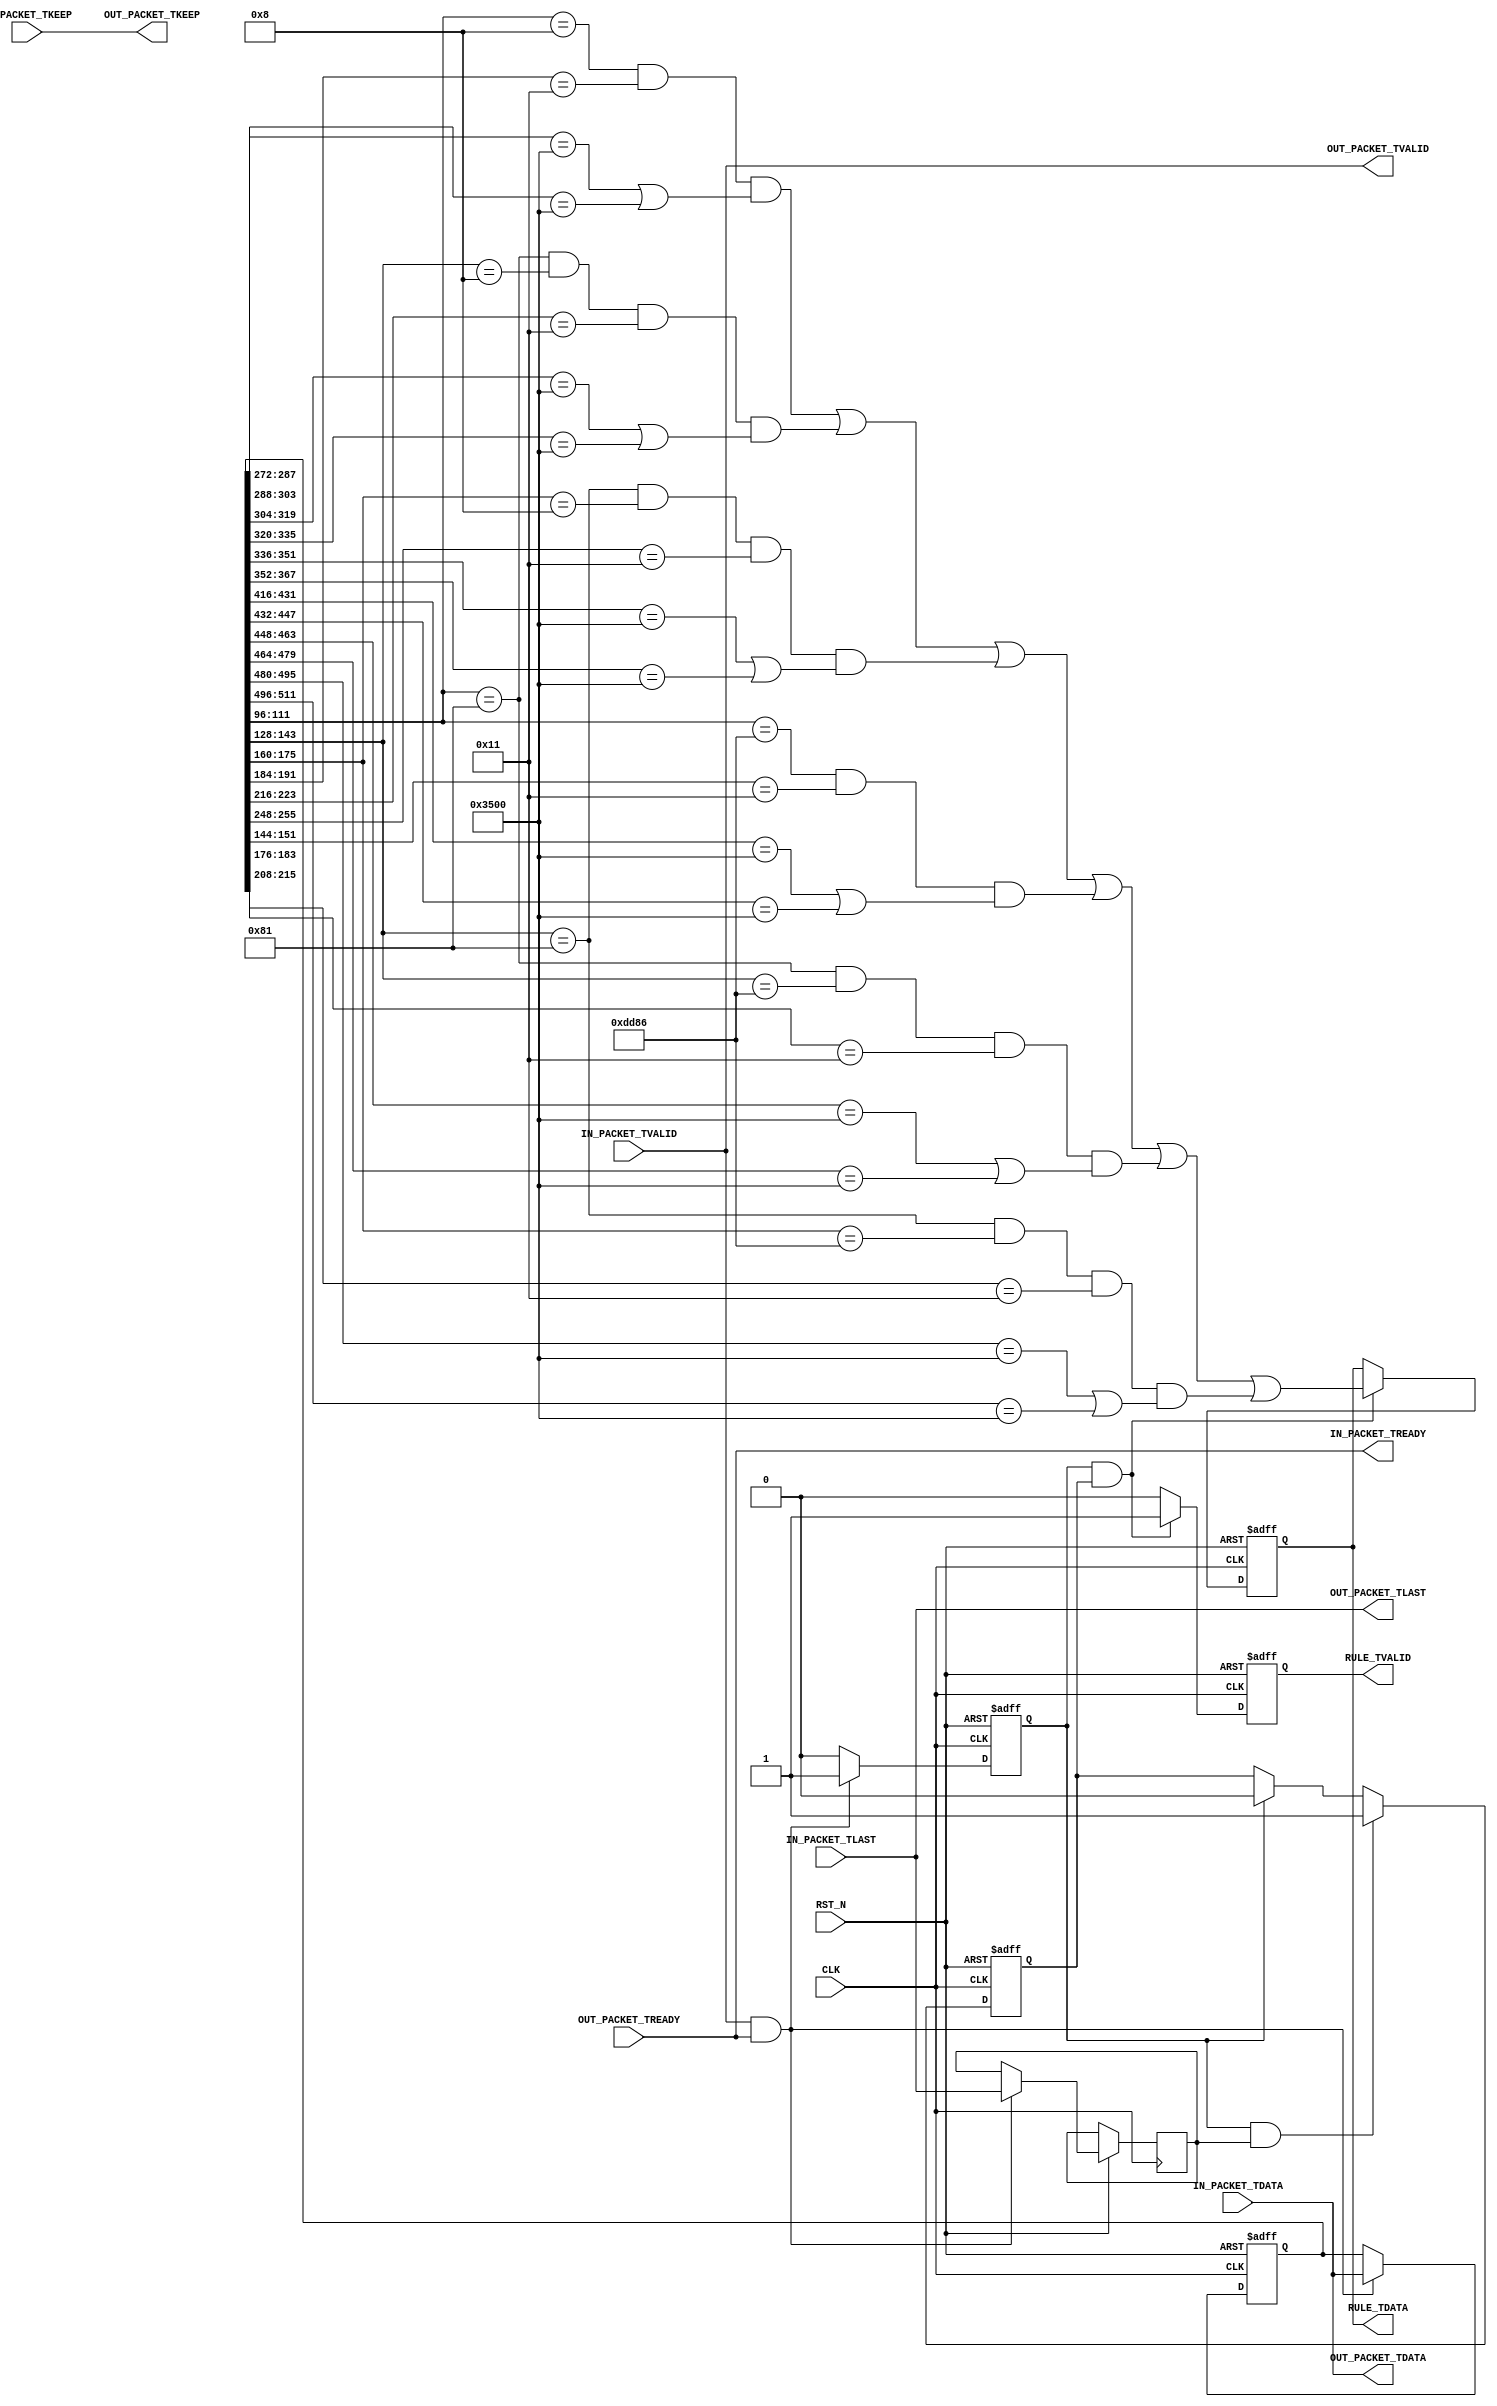
`timescale  1ns/1ns
`default_nettype wire

module parser_wrapper #(
  parameter C_BUS_DATA_WIDTH = 512                 ,
  parameter C_BUS_KEEP_WIDTH = (C_BUS_DATA_WIDTH/8)
) (
  input  wire                        CLK              ,
  input  wire                        RST_N            ,
  //Input AXI4-Stream interface
  input  wire [C_BUS_DATA_WIDTH-1:0] IN_PACKET_TDATA  ,
  output wire                        IN_PACKET_TREADY ,
  input  wire                        IN_PACKET_TVALID ,
  input  wire                        IN_PACKET_TLAST  ,
  input  wire [C_BUS_KEEP_WIDTH-1:0] IN_PACKET_TKEEP  ,
  //Output AXI4-Stream interface
  output wire [C_BUS_DATA_WIDTH-1:0] OUT_PACKET_TDATA ,
  input  wire                        OUT_PACKET_TREADY,
  output wire                        OUT_PACKET_TVALID,
  output wire                        OUT_PACKET_TLAST ,
  output wire [C_BUS_KEEP_WIDTH-1:0] OUT_PACKET_TKEEP ,
  output wire                        RULE_TDATA       ,
  output wire                        RULE_TVALID
);
  assign OUT_PACKET_TDATA  = IN_PACKET_TDATA;
  assign IN_PACKET_TREADY  = OUT_PACKET_TREADY;
  assign OUT_PACKET_TVALID = IN_PACKET_TVALID;
  assign OUT_PACKET_TLAST  = IN_PACKET_TLAST;
  assign OUT_PACKET_TKEEP  = IN_PACKET_TKEEP;

  reg [C_BUS_DATA_WIDTH-1:0] data ;
  reg                        valid;
  reg                        last ;
  always @(posedge CLK or negedge RST_N) begin : proc_reg_data
    if(~RST_N) begin
      data  <= 0;
      valid <= 0;
    end else begin
      if(IN_PACKET_TVALID&IN_PACKET_TREADY) begin
        last  <= IN_PACKET_TLAST;
        data  <= IN_PACKET_TDATA;
        valid <= 1'b1;
      end else begin
        valid <= 1'b0;
      end
    end
  end

  reg new_pkt;
  always @(posedge CLK or negedge RST_N) begin : proc_new_pkt
    if(~RST_N) begin
      new_pkt <= 1'b1;
    end else begin
      if(valid&last) begin
        new_pkt <= 1'b1;
      end else if(valid) begin
        new_pkt <= 1'b0;
      end
    end
  end

  localparam LENGTH_ETHERNET = 14*8                       ;
  localparam LENGTH_VLAN     = 4*8                        ;
  localparam LENGTH_IPV4     = 20*8                       ;
  localparam LENGTH_IPV6     = 38*8                       ;
  localparam LENGTH_UDP      = 8*8                        ;
  localparam OFFSET_IP       = LENGTH_ETHERNET            ;
  localparam OFFSET_UDP_IPV4 = LENGTH_ETHERNET+LENGTH_IPV4;
  localparam OFFSET_UDP_IPV6 = LENGTH_ETHERNET+LENGTH_IPV6;
  reg        rule                                         ;
  reg        rule_valid                                   ;
  wire       has_vlan                                     ;
  assign has_vlan = data[96+:16]==16'h0081;
  wire has_nested_vlan;
  assign has_nested_vlan = data[LENGTH_ETHERNET+16+:16]==16'h0081;
  wire is_ipv4;
  assign is_ipv4 = data[96+:16]==16'h0008;
  wire is_ipv4_inside_vlan;
  assign is_ipv4_inside_vlan = data[LENGTH_ETHERNET+16+:16]==16'h0008;
  wire is_ipv4_inside_nested_vlan;
  assign is_ipv4_inside_nested_vlan = data[LENGTH_ETHERNET+LENGTH_VLAN+16+:16]==16'h0008;
  wire is_ipv6;
  assign is_ipv6 = data[96+:16]==16'hdd86;
  wire is_ipv6_inside_vlan;
  assign is_ipv6_inside_vlan = data[LENGTH_ETHERNET+16+:16]==16'hdd86;
  wire is_ipv6_inside_nested_vlan;
  assign is_ipv6_inside_nested_vlan = data[LENGTH_ETHERNET+LENGTH_VLAN+16+:16]==16'hdd86;
  wire is_udp_ipv4;
  assign is_udp_ipv4 = data[OFFSET_IP+72+:8]==8'h11;
  wire is_udp_ipv4_inside_vlan;
  assign is_udp_ipv4_inside_vlan = data[OFFSET_IP+LENGTH_VLAN+72+:8]==8'h11;
  wire is_udp_ipv4_inside_nested_vlan;
  assign is_udp_ipv4_inside_nested_vlan = data[OFFSET_IP+2*LENGTH_VLAN+72+:8]==8'h11;
  wire is_udp_ipv6;
  assign is_udp_ipv6 = data[OFFSET_IP+32+:8]==8'h11;
  wire is_udp_ipv6_inside_vlan;
  assign is_udp_ipv6_inside_vlan = data[OFFSET_IP+LENGTH_VLAN+32+:8]==8'h11;
  wire is_udp_ipv6_inside_nested_vlan;
  assign is_udp_ipv6_inside_nested_vlan = data[OFFSET_IP+2*LENGTH_VLAN+32+:8]==8'h11;
  wire is_udp_ipv4_port_53;
  assign is_udp_ipv4_port_53 = data[OFFSET_UDP_IPV4+:16]==16'h3500||data[OFFSET_UDP_IPV4+16+:16]==16'h3500;
  wire is_udp_ipv4_port_53_inside_vlan;
  assign is_udp_ipv4_port_53_inside_vlan = data[OFFSET_UDP_IPV4+LENGTH_VLAN+:16]==16'h3500||data[OFFSET_UDP_IPV4+LENGTH_VLAN+16+:16]==16'h3500;
  wire is_udp_ipv4_port_53_inside_nested_vlan;
  assign is_udp_ipv4_port_53_inside_nested_vlan = data[OFFSET_UDP_IPV4+2*LENGTH_VLAN+:16]==16'h3500||data[OFFSET_UDP_IPV4+2*LENGTH_VLAN+16+:16]==16'h3500;
  wire is_udp_ipv6_port_53;
  assign is_udp_ipv6_port_53 = data[OFFSET_UDP_IPV6+:16]==16'h3500||data[OFFSET_UDP_IPV6+16+:16]==16'h3500;
  wire is_udp_ipv6_port_53_inside_vlan;
  assign is_udp_ipv6_port_53_inside_vlan = data[OFFSET_UDP_IPV6+LENGTH_VLAN+:16]==16'h3500||data[OFFSET_UDP_IPV6+LENGTH_VLAN+16+:16]==16'h3500;
  wire is_udp_ipv6_port_53_inside_nested_vlan;
  assign is_udp_ipv6_port_53_inside_nested_vlan = data[OFFSET_UDP_IPV6+2*LENGTH_VLAN+:16]==16'h3500||data[OFFSET_UDP_IPV6+2*LENGTH_VLAN+16+:16]==16'h3500;


  assign RULE_TDATA  = rule;
  assign RULE_TVALID = rule_valid;
  always @(posedge CLK or negedge RST_N) begin : proc_rule
    if(~RST_N) begin
      rule       <= 0;
      rule_valid <= 0;
    end else begin
      if(valid&new_pkt) begin
        rule <= (is_ipv4 && is_udp_ipv4 && is_udp_ipv4_port_53)  ||
          (has_vlan && is_ipv4_inside_vlan && is_udp_ipv4_inside_vlan && is_udp_ipv4_port_53_inside_vlan)  ||
          (has_nested_vlan && is_ipv4_inside_nested_vlan && is_udp_ipv4_inside_nested_vlan && is_udp_ipv4_port_53_inside_nested_vlan)  ||
          (is_ipv6 && is_udp_ipv6 && is_udp_ipv6_port_53)  ||
          (has_vlan && is_ipv6_inside_vlan && is_udp_ipv6_inside_vlan && is_udp_ipv6_port_53_inside_vlan)  ||
          (has_nested_vlan && is_ipv6_inside_nested_vlan && is_udp_ipv6_inside_nested_vlan && is_udp_ipv6_port_53_inside_nested_vlan);
        rule_valid <= 1'b1;
      end else if(rule_valid) begin
        rule_valid <= 1'b0;
      end
    end
  end

endmodule